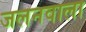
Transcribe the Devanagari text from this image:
जलनवाला